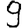
Digit: 9